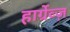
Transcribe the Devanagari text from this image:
हार्ग्रेव्ज़